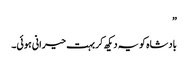
”
بادشاہ کو یہ دیکھ کر بہت حیرانی ہوئی۔